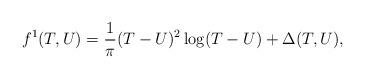
LaTeX: \begin{align*}f^1(T,U)={1\over \pi}(T-U)^2\log(T-U)+\Delta(T,U),\end{align*}